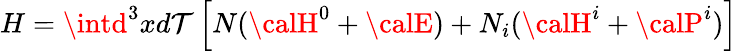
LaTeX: H=\intd^{3}xd\mathcal{T}\left[N({\calH}^{0}+{\calE})+N_{i}({\calH}^{i}+{\calP}^{i})\right]